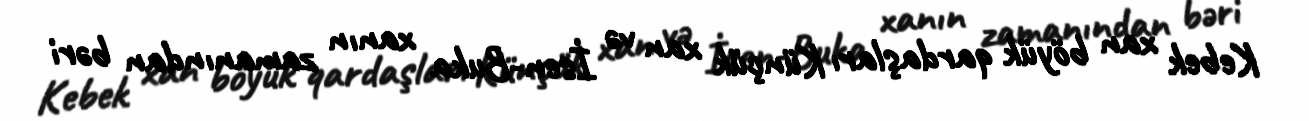
Kebek xan böyük qardaşları Künçük xan və İsen-Buka xanın zamanından bəri